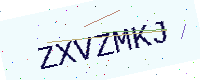
Text: ZXVZMKJ